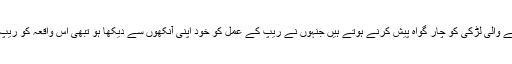
ایک ریپ کا نشانہ بننے والی لڑکی کو چار گواہ پیش کرنے ہوتے ہیں جنہوں نے ریپ کے عمل کو خود اپنی آنکھوں سے دیکھا ہو تبھی اس واقعہ کو ریپ قرار دیا جا سکتا ہے۔